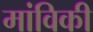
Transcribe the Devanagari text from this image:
मांविकी